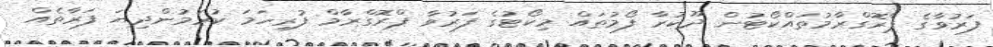
ފަރުވާގެ ޕްރޮގްރާމުތައްކޯޓުން ދޫކުރާ ފޯމުތައް މިކޯޓުގެ ފަރުވާ ޕްރޮގްރާމް ފުރިހަމަ ކުރަމުންދިޔަ ފަރާތެއް